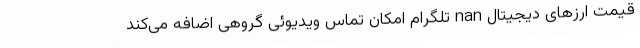
قیمت ارزهای دیجیتال nan تلگرام امکان تماس ویدیوئی گروهی اضافه می‌کند